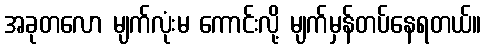
အခုတလော မျက်လုံးမ ကောင်းလို့ မျက်မှန်တပ်နေရတယ်။